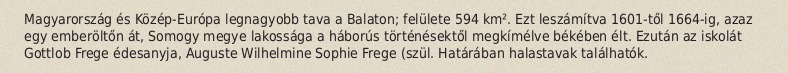
Magyarország és Közép-Európa legnagyobb tava a Balaton; felülete 594 km². Ezt leszámítva 1601-től 1664-ig, azaz egy emberöltőn át, Somogy megye lakossága a háborús történésektől megkímélve békében élt. Ezután az iskolát Gottlob Frege édesanyja, Auguste Wilhelmine Sophie Frege (szül. Határában halastavak találhatók.